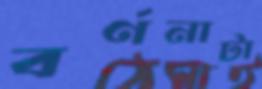
বর্ণনাটা